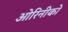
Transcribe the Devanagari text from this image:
ओरिनीको